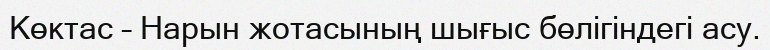
Көктас – Нарын жотасының шығыс бөлігіндегі асу.